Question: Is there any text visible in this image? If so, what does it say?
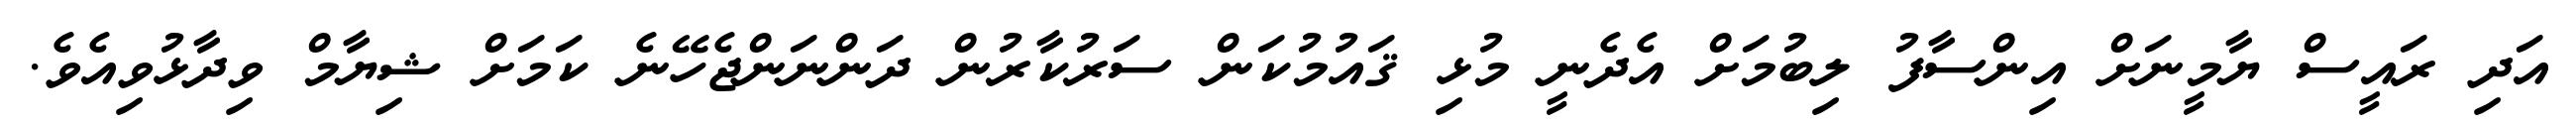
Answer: އަދި ރައީސް ޔާމީނަށް އިންސާފު ލިބުމަށް އެދެނީ މުޅި ޤައުމުކަން ސަރުކާރުން ދަންނަންޖެހޭނެ ކަމަށް ޝިޔާމް ވިދާޅުވިއެވެ.